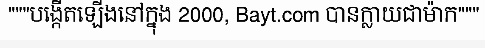
"""បង្កើតឡើងនៅក្នុង 2000, Bayt.com បានក្លាយជាម៉ាក"""